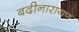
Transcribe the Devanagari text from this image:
बदीनारायण